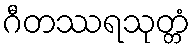
ဂီတဿရသုတ္တံ